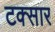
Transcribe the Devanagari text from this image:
टक्सार